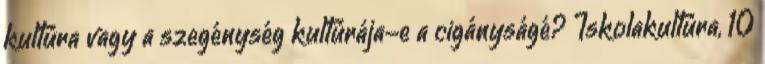
kultúra vagy a szegénység kultúrája-e a cigányságé? Iskolakultúra, 10